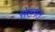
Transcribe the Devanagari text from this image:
सेख्मेत